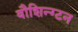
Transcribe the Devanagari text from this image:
वौशिन्ग्टन